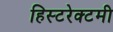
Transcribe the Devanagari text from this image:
हिस्टरेक्टमी